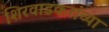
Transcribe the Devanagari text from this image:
शिरवाडकरांच्या